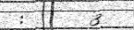
:       3